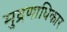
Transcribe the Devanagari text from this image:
मुद्रणाधिकार